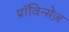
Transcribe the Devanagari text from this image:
प्राॅविन्सेज़